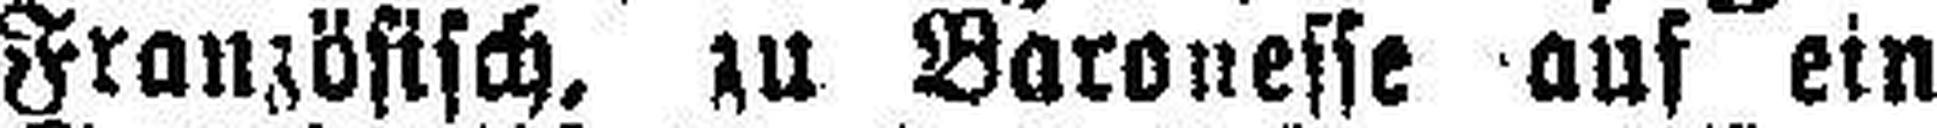
Französisch, zu Baronesse auf ein